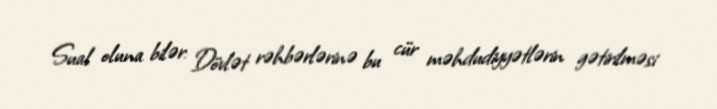
Sual oluna bilər: Dövlət rəhbərlərinə bu cür məhdudiyyətlərin gətirilməsi